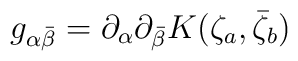
g_{\alpha \bar{\beta}} = \partial_\alpha\partial_{\bar{\beta}}K(\zeta_a,\bar{\zeta}_b)